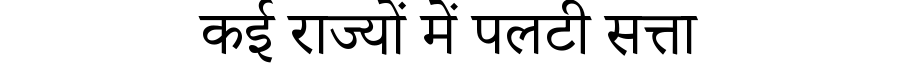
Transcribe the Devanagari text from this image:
कई राज्यों में पलटी सत्ता